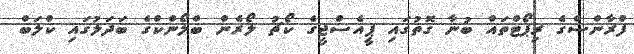
ފްރާންސްގެ ރިޕޯޓްތައް ބުނާ ގޮތުގައި ޕީއެސްޖީގެ ކޯޗު ލޯރެން ބްލޯންކްގެ ބަދަލުގައި ކްލަބް